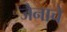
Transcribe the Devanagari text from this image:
जैनाचे